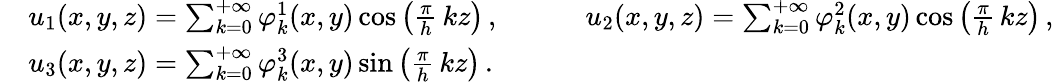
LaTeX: \begin{array}{rl}&{u_{1}(x,y,z)=\sum_{k=0}^{+\infty}\varphi_{k}^{1}(x,y)\cos\left(\frac\pi h\, kz\right)\, ,\qquad\quad u_{2}(x,y,z)=\sum_{k=0}^{+\infty}\varphi_{k}^{2}(x,y)\cos\left(\frac\pi h\, kz\right)\, ,}\\ &{u_{3}(x,y,z)=\sum_{k=0}^{+\infty}\varphi_{k}^{3}(x,y)\sin\left(\frac\pi h\, kz\right)\, .}\end{array}